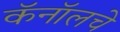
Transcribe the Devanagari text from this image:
कॅनॉलचे